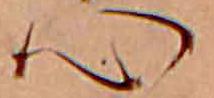
心